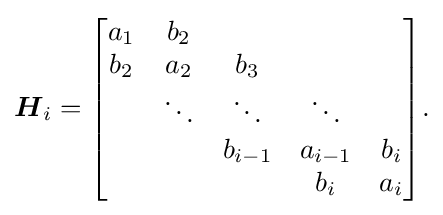
{\boldsymbol {H}}_{i}={\begin{bmatrix}a_{1}&b_{2}\\b_{2}&a_{2}&b_{3}\\&\ddots &\ddots &\ddots \\&&b_{i-1}&a_{i-1}&b_{i}\\&&&b_{i}&a_{i}\end{bmatrix}}{\text{.}}